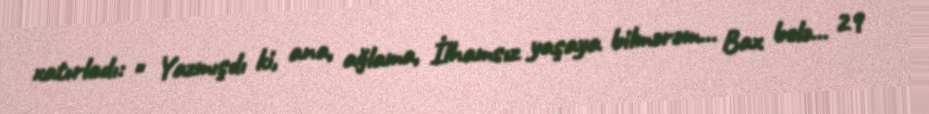
xatırladı: " Yazmışdı ki, ana, ağlama, İlhamsız yaşaya bilmərəm... Bax belə… 29